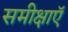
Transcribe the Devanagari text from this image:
समीक्षाऍ